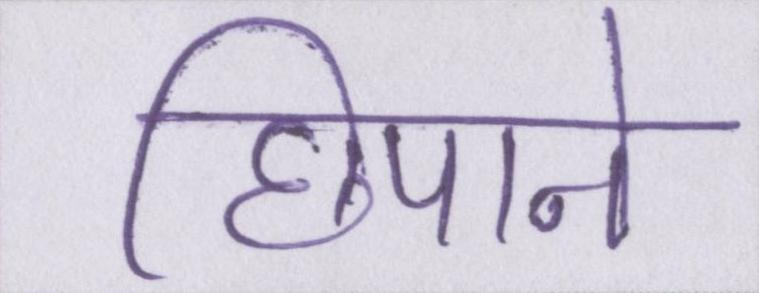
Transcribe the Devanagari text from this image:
छिपाने